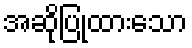
အဆိုပြုထားသော